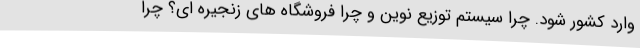
وارد کشور شود. چرا سیستم توزیع نوین و چرا فروشگاه های زنجیره ای؟ چرا